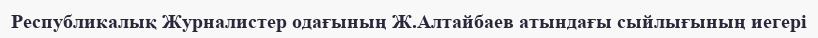
Республикалық Журналистер одағының Ж.Алтайбаев атындағы сыйлығының иегері